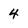
Character: 4